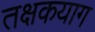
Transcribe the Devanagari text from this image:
तक्षकयाग